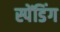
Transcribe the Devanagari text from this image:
स्पेंडिंग